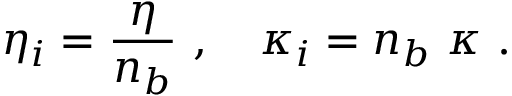
\eta _ { i } = { \frac { \eta } { n _ { b } } } \ , \ \ \ \kappa _ { i } = n _ { b } \ \kappa \ .